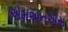
એમએનએસ